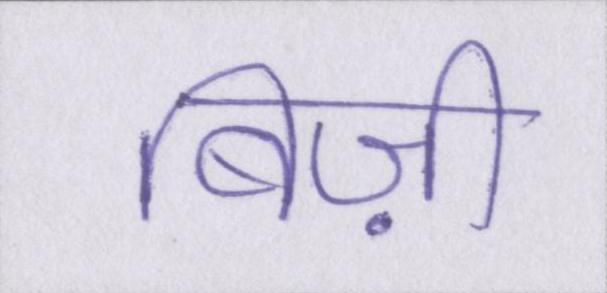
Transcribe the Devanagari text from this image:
बिज़ी